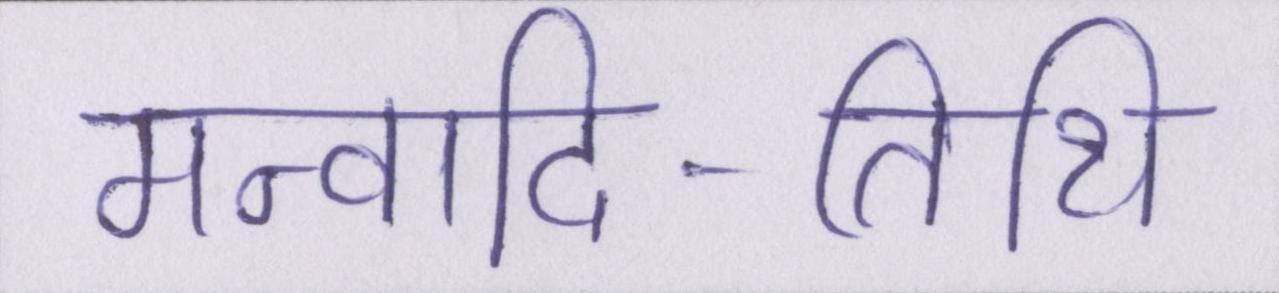
मन्वादि-तिथि